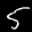
Label: 5